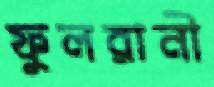
ফুলরানী